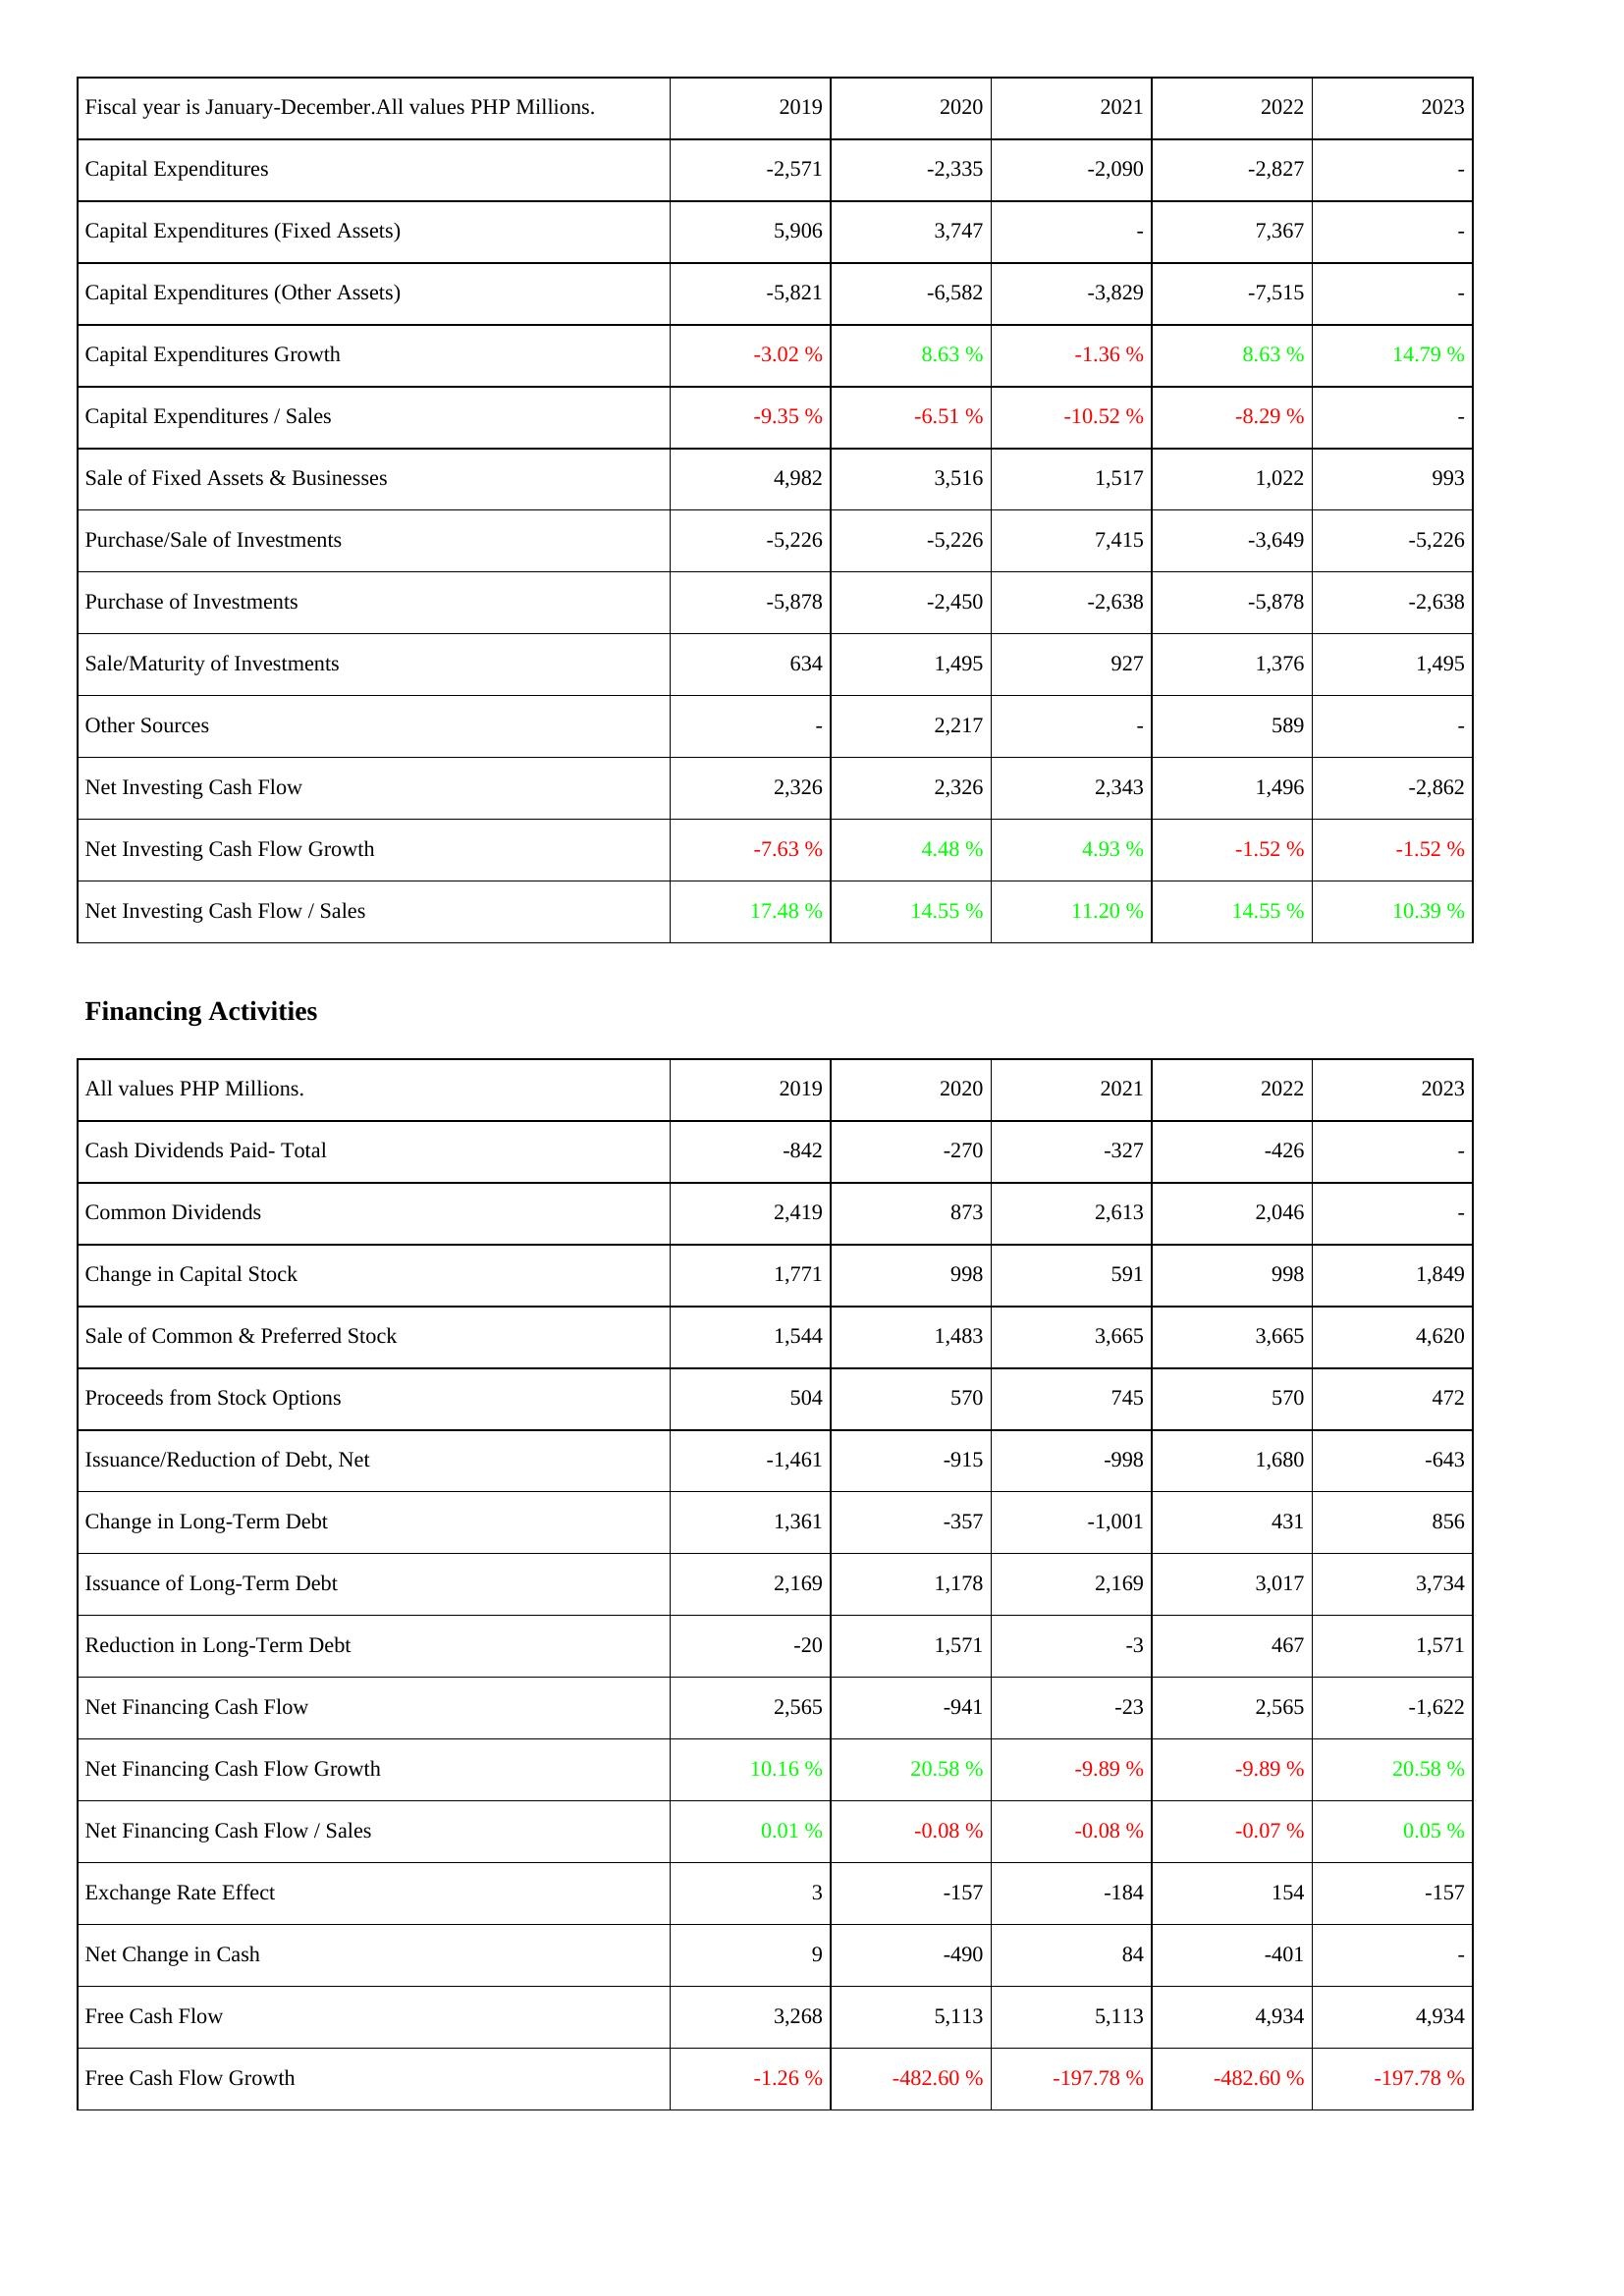
2019: Investing Activities: Capital Expenditures: -2,571
Capital Expenditures (Fixed Assets): 5,906
Capital Expenditures (Other Assets): -5,821
Capital Expenditures Growth: -3.02 %
Capital Expenditures / Sales: -9.35 %
Sale of Fixed Assets & Businesses: 4,982
Purchase/Sale of Investments: -5,226
Purchase of Investments: -5,878
Sale/Maturity of Investments: 634
Other Sources: -
Net Investing Cash Flow: 2,326
Net Investing Cash Flow Growth: -7.63 %
Net Investing Cash Flow / Sales: 17.48 %
Financing Activities: Cash Dividends Paid- Total: -842
Common Dividends: 2,419
Change in Capital Stock: 1,771
Sale of Common & Preferred Stock: 1,544
Proceeds from Stock Options: 504
Issuance/Reduction of Debt, Net: -1,461
Change in Long-Term Debt: 1,361
Issuance of Long-Term Debt: 2,169
Reduction in Long-Term Debt: -20
Net Financing Cash Flow: 2,565
Net Financing Cash Flow Growth: 10.16 %
Net Financing Cash Flow / Sales: 0.01 %
Exchange Rate Effect: 3
Net Change in Cash: 9
Free Cash Flow: 3,268
Free Cash Flow Growth: -1.26 %
2020: Investing Activities: Capital Expenditures: -2,335
Capital Expenditures (Fixed Assets): 3,747
Capital Expenditures (Other Assets): -6,582
Capital Expenditures Growth: 8.63 %
Capital Expenditures / Sales: -6.51 %
Sale of Fixed Assets & Businesses: 3,516
Purchase/Sale of Investments: -5,226
Purchase of Investments: -2,450
Sale/Maturity of Investments: 1,495
Other Sources: 2,217
Net Investing Cash Flow: 2,326
Net Investing Cash Flow Growth: 4.48 %
Net Investing Cash Flow / Sales: 14.55 %
Financing Activities: Cash Dividends Paid- Total: -270
Common Dividends: 873
Change in Capital Stock: 998
Sale of Common & Preferred Stock: 1,483
Proceeds from Stock Options: 570
Issuance/Reduction of Debt, Net: -915
Change in Long-Term Debt: -357
Issuance of Long-Term Debt: 1,178
Reduction in Long-Term Debt: 1,571
Net Financing Cash Flow: -941
Net Financing Cash Flow Growth: 20.58 %
Net Financing Cash Flow / Sales: -0.08 %
Exchange Rate Effect: -157
Net Change in Cash: -490
Free Cash Flow: 5,113
Free Cash Flow Growth: -482.60 %
2021: Investing Activities: Capital Expenditures: -2,090
Capital Expenditures (Fixed Assets): -
Capital Expenditures (Other Assets): -3,829
Capital Expenditures Growth: -1.36 %
Capital Expenditures / Sales: -10.52 %
Sale of Fixed Assets & Businesses: 1,517
Purchase/Sale of Investments: 7,415
Purchase of Investments: -2,638
Sale/Maturity of Investments: 927
Other Sources: -
Net Investing Cash Flow: 2,343
Net Investing Cash Flow Growth: 4.93 %
Net Investing Cash Flow / Sales: 11.20 %
Financing Activities: Cash Dividends Paid- Total: -327
Common Dividends: 2,613
Change in Capital Stock: 591
Sale of Common & Preferred Stock: 3,665
Proceeds from Stock Options: 745
Issuance/Reduction of Debt, Net: -998
Change in Long-Term Debt: -1,001
Issuance of Long-Term Debt: 2,169
Reduction in Long-Term Debt: -3
Net Financing Cash Flow: -23
Net Financing Cash Flow Growth: -9.89 %
Net Financing Cash Flow / Sales: -0.08 %
Exchange Rate Effect: -184
Net Change in Cash: 84
Free Cash Flow: 5,113
Free Cash Flow Growth: -197.78 %
2022: Investing Activities: Capital Expenditures: -2,827
Capital Expenditures (Fixed Assets): 7,367
Capital Expenditures (Other Assets): -7,515
Capital Expenditures Growth: 8.63 %
Capital Expenditures / Sales: -8.29 %
Sale of Fixed Assets & Businesses: 1,022
Purchase/Sale of Investments: -3,649
Purchase of Investments: -5,878
Sale/Maturity of Investments: 1,376
Other Sources: 589
Net Investing Cash Flow: 1,496
Net Investing Cash Flow Growth: -1.52 %
Net Investing Cash Flow / Sales: 14.55 %
Financing Activities: Cash Dividends Paid- Total: -426
Common Dividends: 2,046
Change in Capital Stock: 998
Sale of Common & Preferred Stock: 3,665
Proceeds from Stock Options: 570
Issuance/Reduction of Debt, Net: 1,680
Change in Long-Term Debt: 431
Issuance of Long-Term Debt: 3,017
Reduction in Long-Term Debt: 467
Net Financing Cash Flow: 2,565
Net Financing Cash Flow Growth: -9.89 %
Net Financing Cash Flow / Sales: -0.07 %
Exchange Rate Effect: 154
Net Change in Cash: -401
Free Cash Flow: 4,934
Free Cash Flow Growth: -482.60 %
2023: Investing Activities: Capital Expenditures: -
Capital Expenditures (Fixed Assets): -
Capital Expenditures (Other Assets): -
Capital Expenditures Growth: 14.79 %
Capital Expenditures / Sales: -
Sale of Fixed Assets & Businesses: 993
Purchase/Sale of Investments: -5,226
Purchase of Investments: -2,638
Sale/Maturity of Investments: 1,495
Other Sources: -
Net Investing Cash Flow: -2,862
Net Investing Cash Flow Growth: -1.52 %
Net Investing Cash Flow / Sales: 10.39 %
Financing Activities: Cash Dividends Paid- Total: -
Common Dividends: -
Change in Capital Stock: 1,849
Sale of Common & Preferred Stock: 4,620
Proceeds from Stock Options: 472
Issuance/Reduction of Debt, Net: -643
Change in Long-Term Debt: 856
Issuance of Long-Term Debt: 3,734
Reduction in Long-Term Debt: 1,571
Net Financing Cash Flow: -1,622
Net Financing Cash Flow Growth: 20.58 %
Net Financing Cash Flow / Sales: 0.05 %
Exchange Rate Effect: -157
Net Change in Cash: -
Free Cash Flow: 4,934
Free Cash Flow Growth: -197.78 %